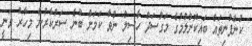
ކުންފުނިތައް ބައިކޮށްލުމުގެ މަގުސަދު ހާސިލް ނުވާ ކަމަށް ބުނެ ސަރުކާރުން މިހާރު ވަނީ